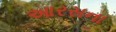
આરસના